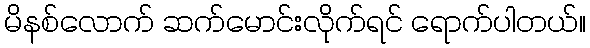
မိနစ်လောက် ဆက်မောင်းလိုက်ရင် ရောက်ပါတယ်။